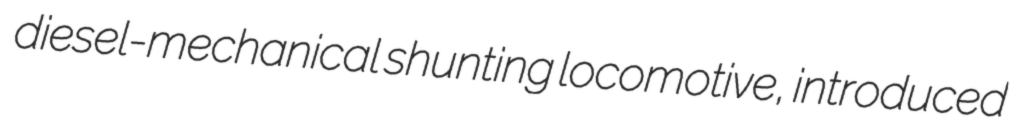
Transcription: diesel-mechanical shunting locomotive, introduced